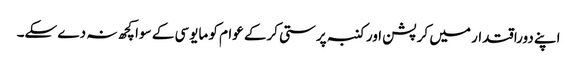
اپنے دوراقتدار میں کرپشن اور کنبہ پرستی کرکے عوام کو مایوسی کے سوا کچھ نہ دے سکے۔